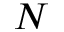
N